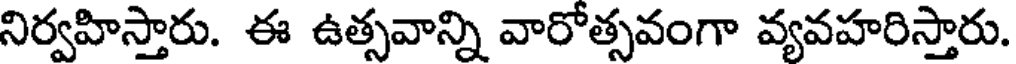
నిర్వహిస్తారు. ఈ ఉత్సవాన్ని వారోత్సవంగా వ్యవహరిస్తారు.